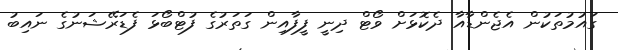
ގައުމުތަކުން އެޖެންޑާއާ ދެކޮޅަށް ވޯޓް ދިނީ ފީފާއިން ގަތަރުގެ ފުޓްބޯޅަ ފެޑަރޭޝަނުގެ ނައިބު